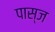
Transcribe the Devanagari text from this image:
पास्ज